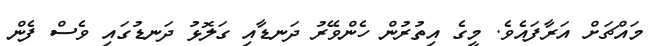
މައްޗަށް އަރާފައެވެ. މީގެ އިތުރުން ހެންވޭރު ދަނޑާއި ގަލޮޅު ދަނޑުގައި ވެސް ފެން